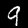
Digit: 9